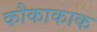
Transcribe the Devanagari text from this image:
कौकाकाक